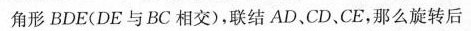
角形BDE(DE与BC相交)，联结AD、CD，CE，那么旋转后